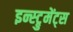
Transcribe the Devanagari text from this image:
इन्स्ट्रुमेंट्‌स